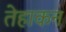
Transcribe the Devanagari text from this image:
तेहाकन